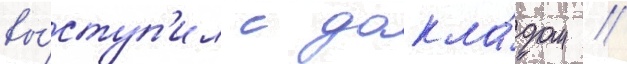
вы́ступ'ил с докла́дом /